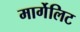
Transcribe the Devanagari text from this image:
मार्गेलिट